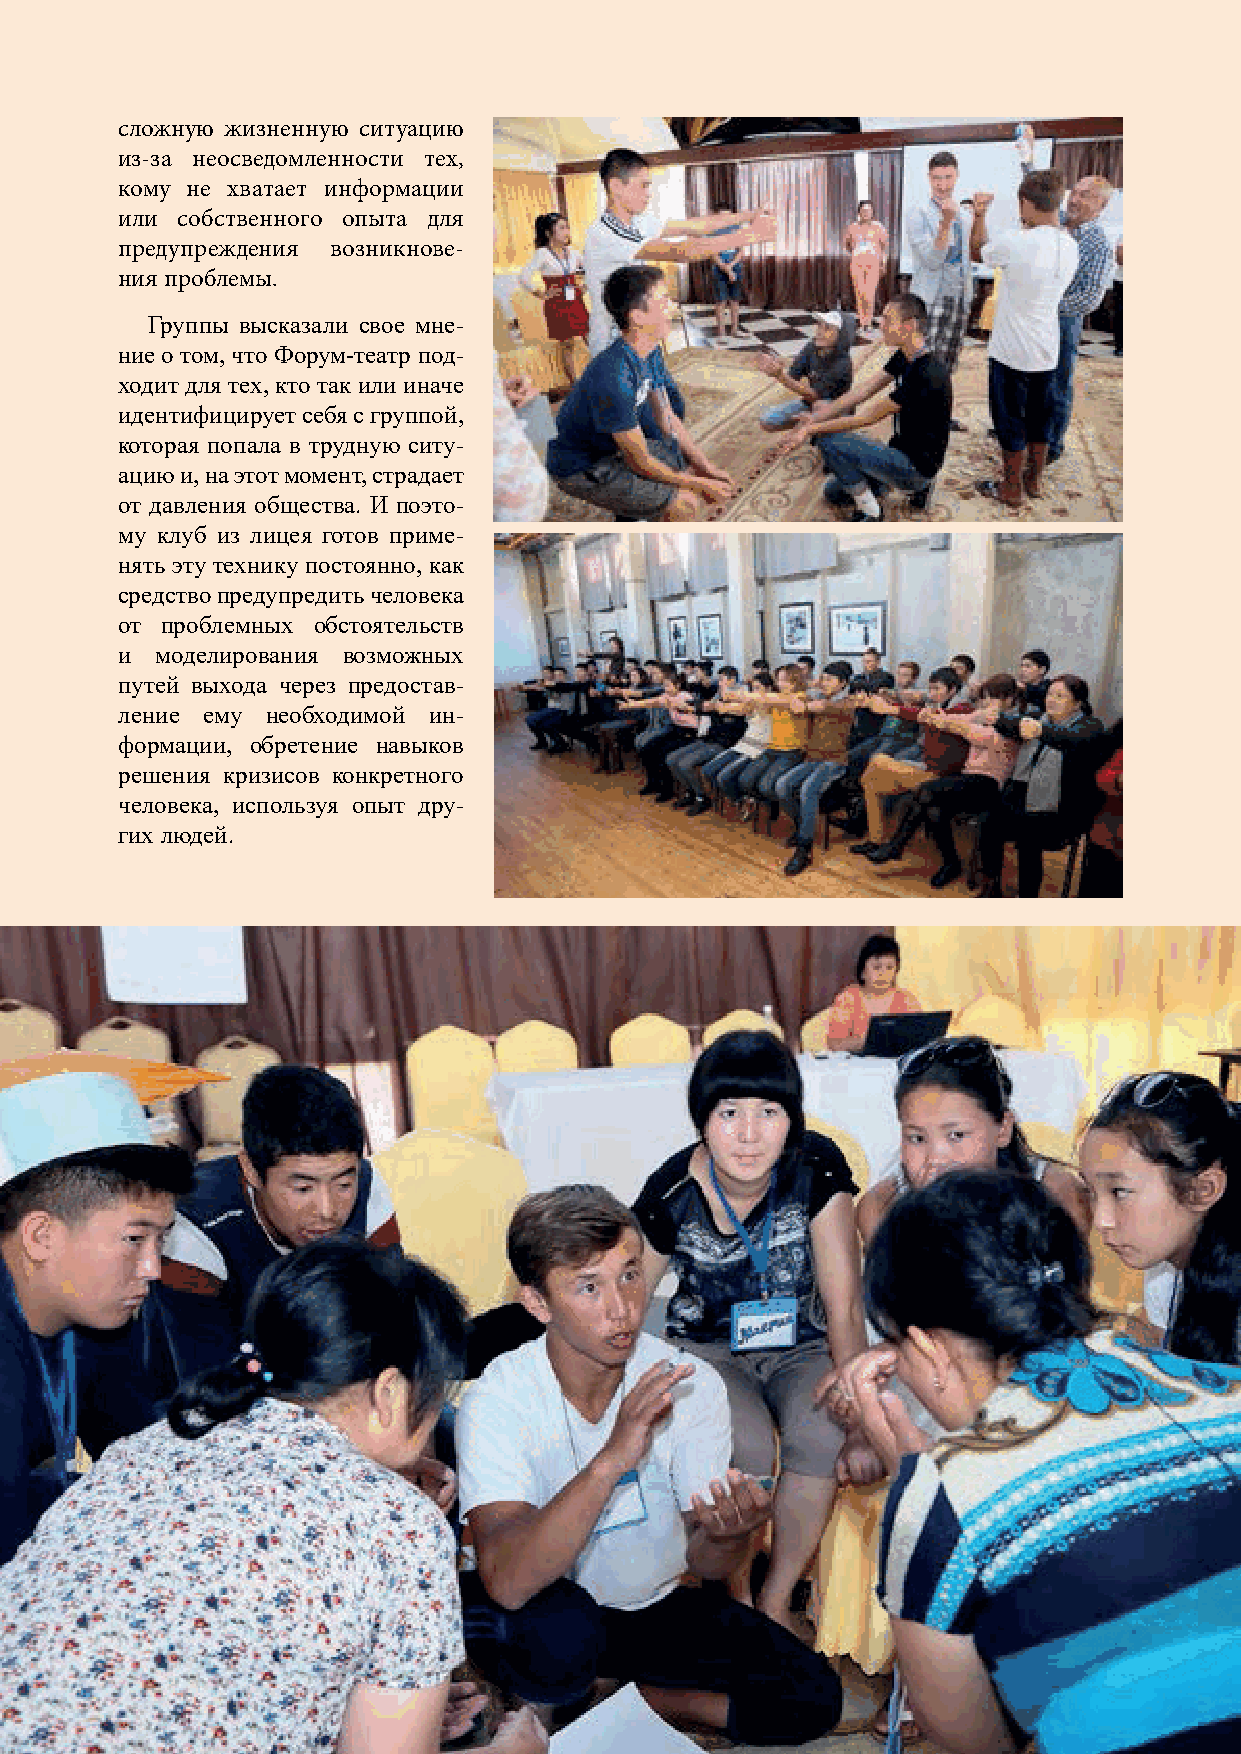
сложную жизненную ситуацию
 из-за неосведомленности тех,
 кому не хватает информации
 или собственного опыта для
 предупреждения возникнове-
 ния проблемы.
 Группы высказали свое мне-
 ние о том, что Форум-театр под-
 ходит для тех, кто так или иначе
 идентифицирует себя с группой,
 которая попала в трудную ситу-
 ацию и, на этот момент, страдает
 от давления общества. И поэто-
 му клуб из лицея готов приме-
 нять эту технику постоянно, как
 средство предупредить человека
 от проблемных обстоятельств
 и моделирования возможных
 путей выхода через предостав-
 ление ему необходимой ин-
 формации, обретение навыков
 решения кризисов конкретного
 человека, используя опыт дру-
 гих людей.
 «Молодые Актеры» ста- суицида, затем через вовле- После обсуждения разы-
 вили цель помочь человеку чение в спортивные занятия, гранных спектаклей, в груп-
 в ситуации кризиса, найти поменяли жизнь молодому пе прошло обсуждение того,
 выход из тяжелого положе- человеку, увлекающемуся ал- что эту технику можно при-
 ния, увидеть новые пути ре- коголем, изменили ситуацию менять в различных ситуа-
 шения проблемы. с насилием в семье, отчего циях с разной целью, чтобы
 получили огромное удовлет- изменить взгляд общества на
 Получая обратную связь,
 ворение. проблемы, поведение членов
 ребята, на конкретный слу-
 общества по отношению к уг-
 чай, получали советы о том, Ребятам, за короткое
 нетенному человеку.
 как доиграть ту или иную время, удалось применить
 сценку из жизни. Общение основные принципы фо- Ребята рассуждали благо-
 проходило в непринужденной рум-театра: даря новой методике о том,
 обстановке, никто никому не • Ясность в изложении что разыгрывание сценок на
 навязывал своего мнения, ни- основе форум-театра может
 сюжета.
 кто не принуждал поступать послужить своего рода тера-
 • Получить веру в игру
 именно так, и потому эта ин- пией для групп риска в лицее,
 от ауд итории.
 формация не вызывала вну- в сообществе, вызывать эмо-
 треннего протеста и воспри- В рамках игры можно циональную реакцию и ини-
 нималась заинтересованно и было отследить ситуацию, циировать дискуссию отно-
 органично. Так, они спасали где актеры могли менять ее сительно путей разрешения
 девушку - молодую сноху от к лучшему. проблем для тех, кто попал в
 42 Ой-жигит                                                        Ой-жигит 43